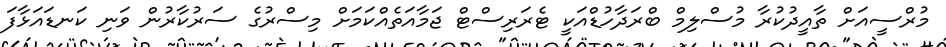
މުރްސީއަށް ތާއީދުކުރާ މުސްލިމް ބްރަދާހުޑްއަކީ ޓެރަރިސްޓް ޖަމާއަތެއްކަމަށް މިސްރުގެ ސަރުކާރުން ވަނި ކަނޑައަޅާފަ